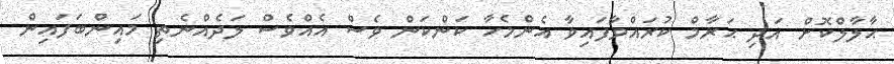
ޙާލާލްކޮށް އަދި ޙަރާމް ކުރައްވާފައިވާ އެންމެހާ ކަންކަން ވެސް އެއްވެސް ލަދެއްނެތި މައިންބަފައިން